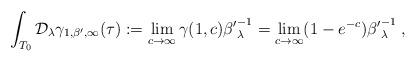
LaTeX: \begin{align*}\int_{T_0} \mathcal{D}_\lambda\gamma_{1, \beta',\infty}(\tau):=\lim_{c\rightarrow\infty}\gamma(1,c){\beta'}^{-1}_\lambda=\lim_{c\rightarrow\infty} (1-e^{- c}){\beta'}^{-1}_\lambda\;,\end{align*}